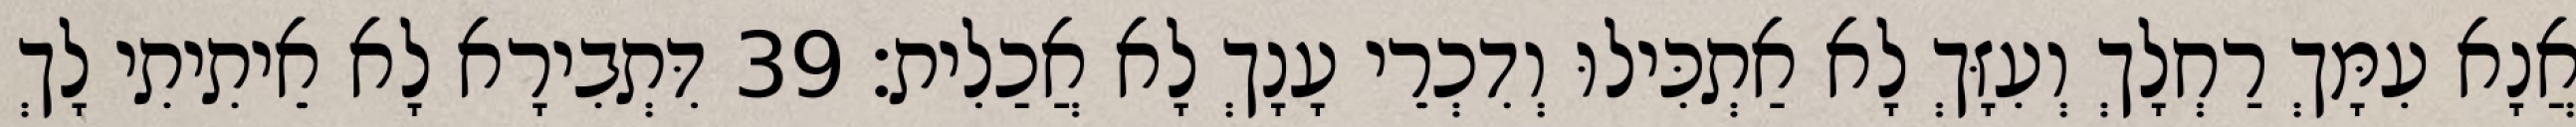
אֲנָא עִמָּךְ רַחְלָךְ וְעִזָּךְ לָא אַתְכִּילוּ וְדִכְרֵי עָנָךְ לָא אֲכַלִית׃ 39 דִּתְבִירָא לָא אֵיתִיתִי לָךְ